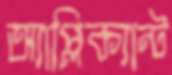
অ্যাপ্লিক্যান্ট